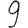
Digit: 9